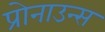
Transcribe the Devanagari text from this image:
प्रोनाउन्स